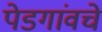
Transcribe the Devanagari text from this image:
पेडगांवचे